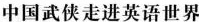
中国武侠走进英语世界